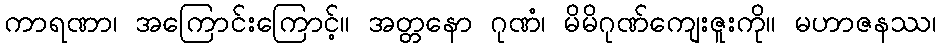
ကာရဏာ၊ အကြောင်းကြောင့်။ အတ္တနော ဂုဏံ၊ မိမိဂုဏ်ကျေးဇူးကို။ မဟာဇနဿ၊